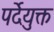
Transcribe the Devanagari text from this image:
पर्देयुक्त